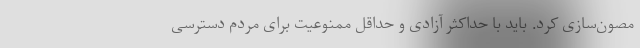
مصون‌سازی کرد. باید با حداکثر آزادی و حداقل ممنوعیت برای مردم دسترسی